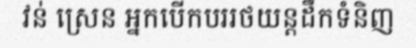
វន់ ស្រេន អ្នកបើកបររថយន្តដឹកទំនិញ